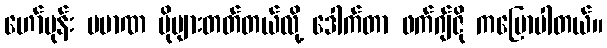
ဟော်မုန်း ပမာဏ ပိုများတတ်တယ်လို့ ဒေါက်တာ ဖက်ဂျ်ဇို ကပြောပါတယ်။